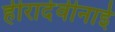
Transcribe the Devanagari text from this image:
हीरादेवीनाई